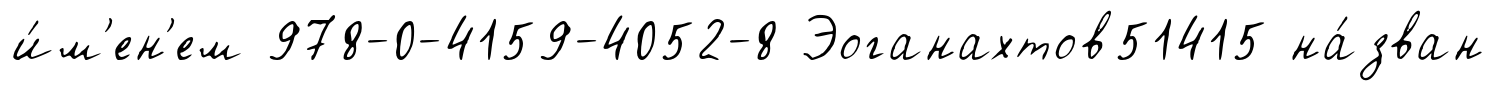
и́м'ен'ем 978-0-4159-4052-8 Эоганахтов51415 на́зван